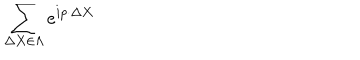
\sum _ { \Delta X \in \Lambda } e ^ { i p \cdot \Delta X }